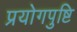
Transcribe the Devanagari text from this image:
प्रयोगपुष्टि